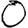
Digit: 0